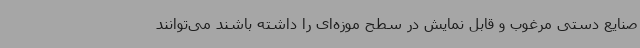
صنایع دستی مرغوب و قابل نمایش در سطح موزه‌ای را داشته باشند می‌توانند